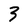
Character: 3